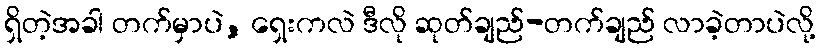
ရှိတဲ့အခါ တက်မှာပဲ, ရှေးကလဲ ဒီလို ဆုတ်ချည်-တက်ချည် လာခဲ့တာပဲလို့